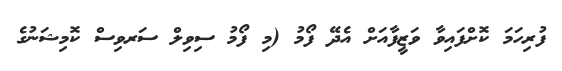
ފުރިހަމަ ކޮށްފައިވާ ވަޒީފާއަށް އެދޭ ފޯމު (މި ފޯމު ސިވިލް ސަރވިސް ކޮމިޝަނުގެ